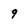
Character: 9